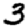
Digit: 3